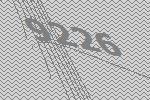
9226